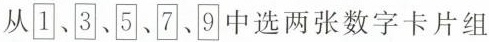
从1、3、5、7、9中选两张数字卡片组